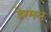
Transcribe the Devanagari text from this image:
डेरमल